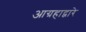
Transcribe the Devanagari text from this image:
आग्रहाद्वारे